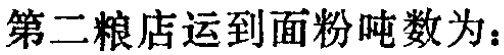
第二粮店运到面粉吨数为：